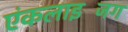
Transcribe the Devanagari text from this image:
एंकलाइजिंग